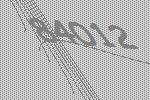
84012